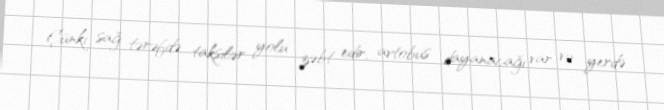
Çünki sağ tərəfdə taksilər yolu zəbt edir, avtobus dayanacağı var və yerdə